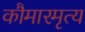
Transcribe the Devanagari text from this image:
कौमारमृत्य